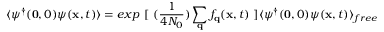
\langle \psi ^ { \dagger } ( { \bf { 0 } } , 0 ) \psi ( { \bf { x } } , t ) \rangle = e x p \mathrm { ~ } [ \mathrm { ~ } ( \frac { 1 } { 4 N _ { 0 } } ) \sum _ { { \bf { q } } } f _ { { \bf { q } } } ( { \bf { x } } , t ) \mathrm { ~ } ] \langle \psi ^ { \dagger } ( { \bf { 0 } } , 0 ) \psi ( { \bf { x } } , t ) \rangle _ { f r e e }